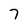
Character: 7